Document type: Emphyteutic lease
Year: 1276
Scribe: Pere de Roca
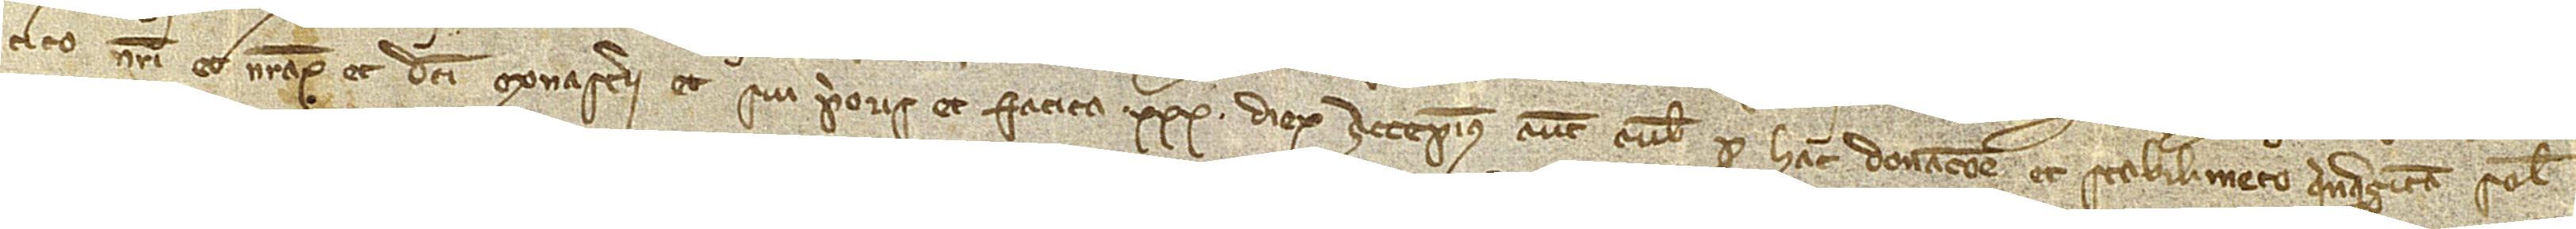
tico nostri et nostrorum et dicti monasterii et sui prioris et fatica XXXª dierum. Accepimus autem a vobis pro hac donacione et stabilimento quinquaginta solidos